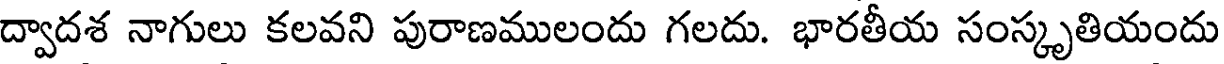
ద్వాదశ నాగులు కలవని పురాణములందు గలదు. భారతీయ సంస్కృతియందు